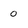
Character: 0